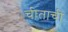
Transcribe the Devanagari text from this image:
चीताची